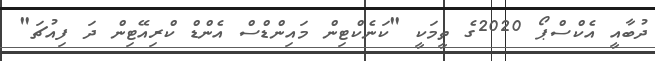
ދުބާއީ އެކްސްޕޯ 2020ގެ ތީމަކީ "ކަނެކްޓިން މައިންޑްސް އެންޑް ކްރިއޭޓިން ދަ ފިއުޗަ"